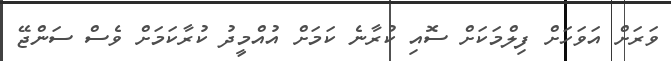
ވަރަށް އަވަހަށް ފިލްމަކަށް ސޮއި ކުރާނެ ކަމަށް އުއްމީދު ކުރާކަމަށް ވެސް ސަންޖޭ